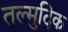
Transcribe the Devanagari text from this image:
तल्मुदिक